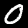
Digit: 0